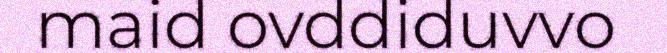
maid ovddiduvvo